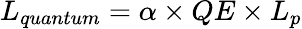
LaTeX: L_{quantum}=\alpha\times QE\times L_{p}